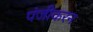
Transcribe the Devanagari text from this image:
पंजीकरन